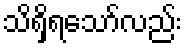
သိရှိရသော်လည်း